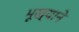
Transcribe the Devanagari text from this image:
भूख्याने